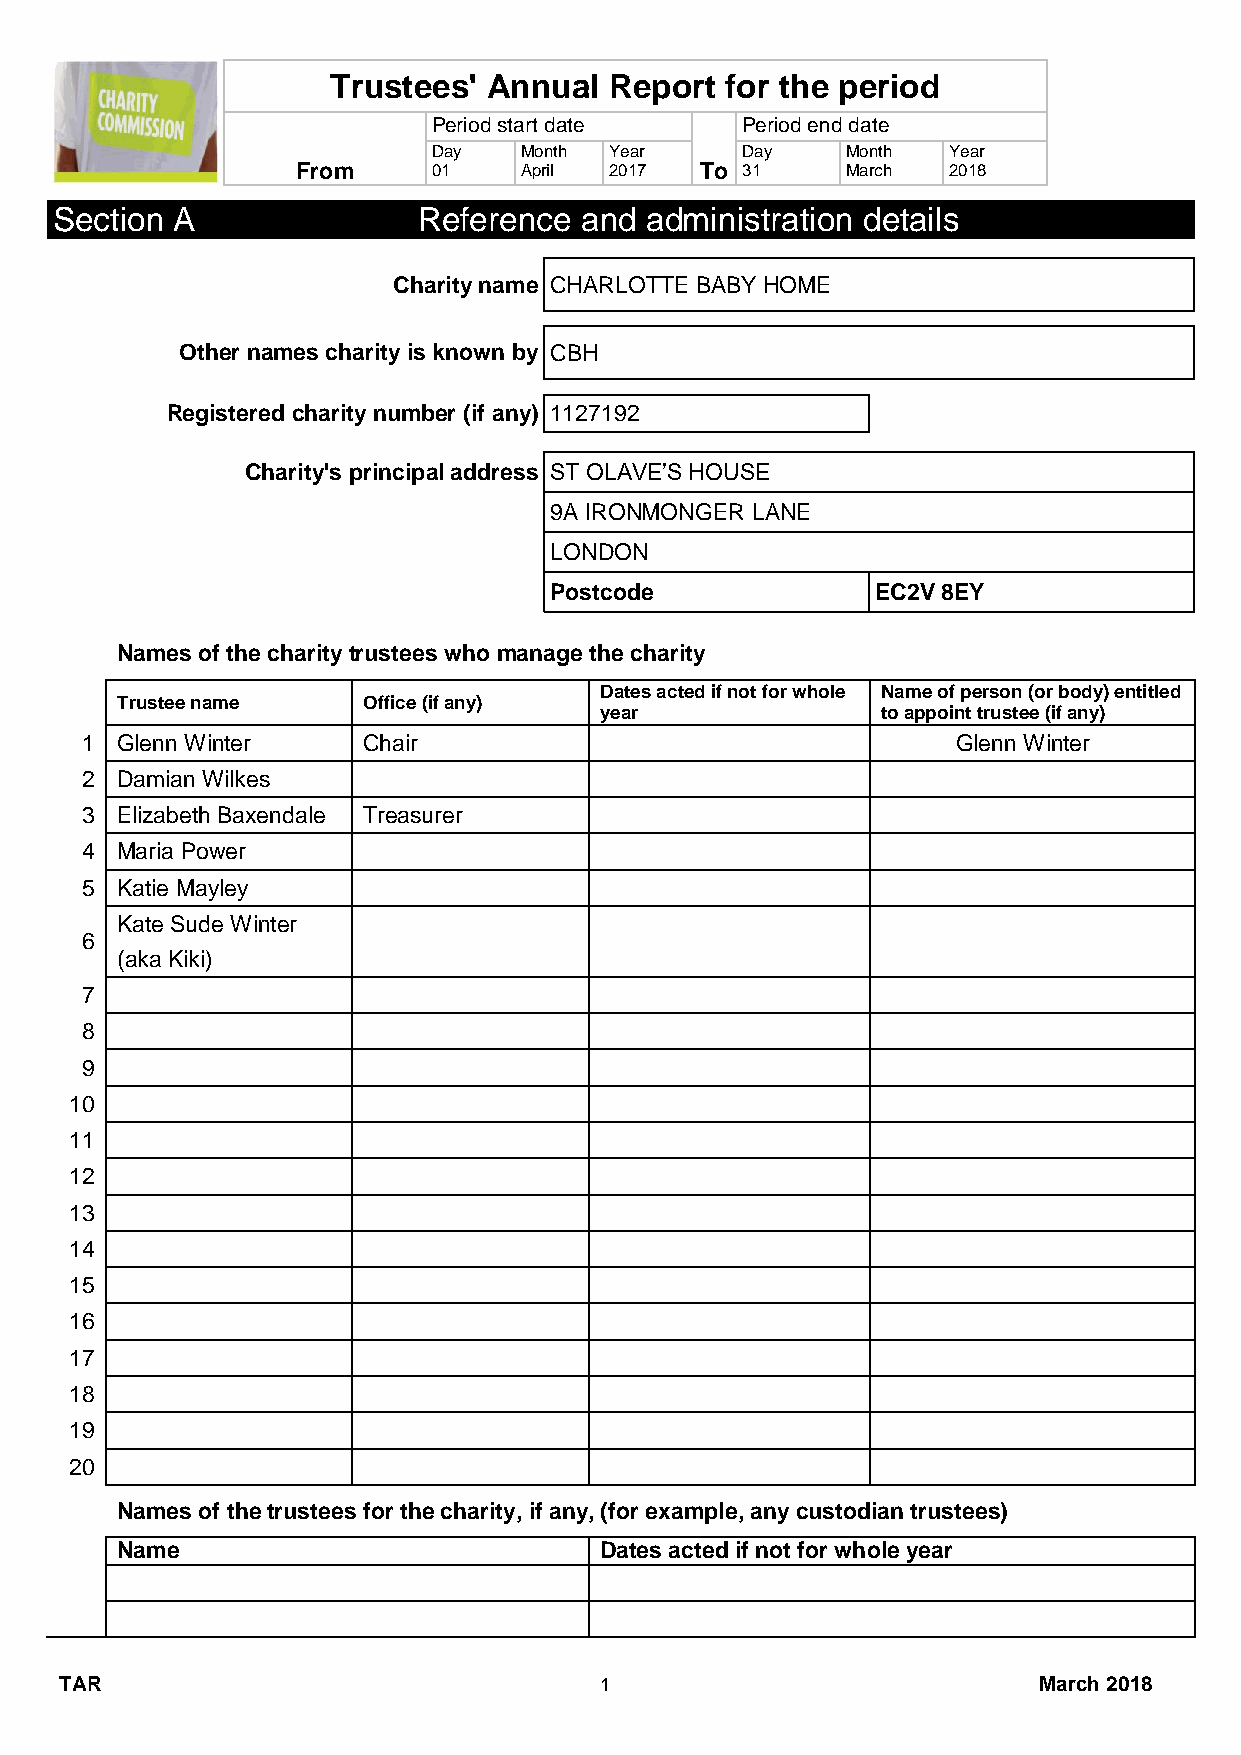
Trustees' Annual  Report  for the period
 Period start date   Period end date
 Day  Month Year     Day    Month  Year
 From     01   April 2017  To 31     March  2018
 Section A                Reference and  administration details
 Charity name CHARLOTTE BABY HOME
 Other names charity is known by CBH
 Registered charity number (if any) 1127192
 Charity's principal address ST OLAVE’S HOUSE
 9A IRONMONGER LANE
 LONDON
 Postcode              EC2V 8EY
 Names of the charity trustees who manage the charity
 Dates acted if not for whole Name of person (or body) entitled
 Trustee name    Office (if any)
 year              to appoint trustee (if any)
 1  Glenn Winter    Chair                                  Glenn Winter
 2  Damian Wilkes
 3  Elizabeth Baxendale Treasurer
 4  Maria Power
 5  Katie Mayley
 Kate Sude Winter
 6
 (aka Kiki)
 7
 8
 9
 10
 11
 12
 13
 14
 15
 16
 17
 18
 19
 20
 Names of the trustees for the charity, if any, (for example, any custodian trustees)
 Name                            Dates acted if not for whole year
 TAR                                 1                            March 2018